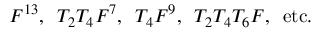
F ^ { 1 3 } , \, \, \, T _ { 2 } T _ { 4 } F ^ { 7 } , \, \, \, T _ { 4 } F ^ { 9 } , \, \, \, T _ { 2 } T _ { 4 } T _ { 6 } F , \, \, \, \mathrm { e t c . }